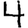
Digit: 4